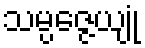
သမ္ပဇ္ဇေယျုံ